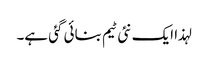
لہذا ایک نئی ٹیم بنائی گئی ہے۔